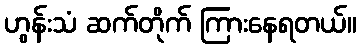
ဟွန်းသံ ဆက်တိုက် ကြားနေရတယ်။